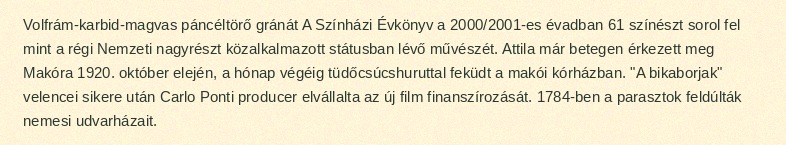
Volfrám-karbid-magvas páncéltörő gránát A Színházi Évkönyv a 2000/2001-es évadban 61 színészt sorol fel mint a régi Nemzeti nagyrészt közalkalmazott státusban lévő művészét. Attila már betegen érkezett meg Makóra 1920. október elején, a hónap végéig tüdőcsúcshuruttal feküdt a makói kórházban. "A bikaborjak" velencei sikere után Carlo Ponti producer elvállalta az új film finanszírozását. 1784-ben a parasztok feldúlták nemesi udvarházait.